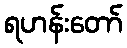
ရဟန်းတော်